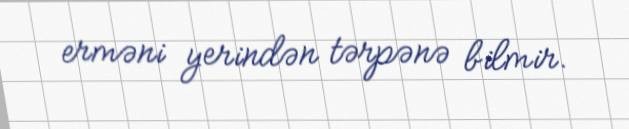
erməni yerindən tərpənə bilmir.